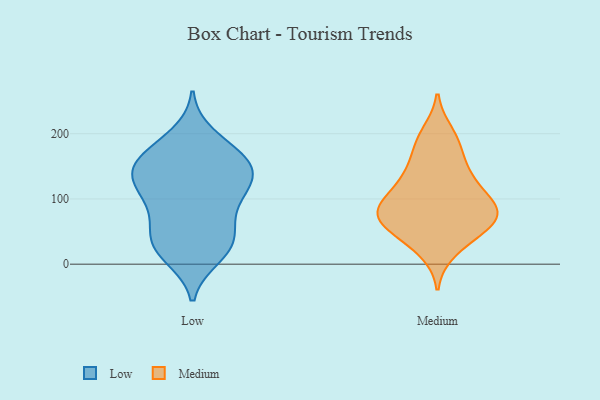
{"axis": {"x": "Production Output", "y": "Value"}, "legend": ["Low", "Medium"], "data": [{"x": "", "y": 12, "type": "Low"}, {"x": "", "y": 197, "type": "Low"}, {"x": "", "y": 95, "type": "Low"}, {"x": "", "y": 150, "type": "Low"}, {"x": "", "y": 134, "type": "Low"}, {"x": "", "y": 95, "type": "Low"}, {"x": "", "y": 20, "type": "Low"}, {"x": "", "y": 130, "type": "Low"}, {"x": "", "y": 28, "type": "Low"}, {"x": "", "y": 138, "type": "Low"}, {"x": "", "y": 127, "type": "Low"}, {"x": "", "y": 51, "type": "Low"}, {"x": "", "y": 168, "type": "Low"}, {"x": "", "y": 148, "type": "Low"}, {"x": "", "y": 167, "type": "Low"}, {"x": "", "y": 112, "type": "Low"}, {"x": "", "y": 70, "type": "Low"}, {"x": "", "y": 175, "type": "Low"}, {"x": "", "y": 26, "type": "Low"}, {"x": "", "y": 46, "type": "Low"}, {"x": "", "y": 92, "type": "Medium"}, {"x": "", "y": 36, "type": "Medium"}, {"x": "", "y": 117, "type": "Medium"}, {"x": "", "y": 143, "type": "Medium"}, {"x": "", "y": 65, "type": "Medium"}, {"x": "", "y": 99, "type": "Medium"}, {"x": "", "y": 83, "type": "Medium"}, {"x": "", "y": 178, "type": "Medium"}, {"x": "", "y": 68, "type": "Medium"}, {"x": "", "y": 80, "type": "Medium"}, {"x": "", "y": 142, "type": "Medium"}, {"x": "", "y": 21, "type": "Medium"}, {"x": "", "y": 48, "type": "Medium"}, {"x": "", "y": 65, "type": "Medium"}, {"x": "", "y": 200, "type": "Medium"}, {"x": "", "y": 189, "type": "Medium"}, {"x": "", "y": 80, "type": "Medium"}, {"x": "", "y": 129, "type": "Medium"}, {"x": "", "y": 78, "type": "Medium"}]}